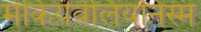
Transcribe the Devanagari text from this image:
मेकियवेलियनिस्म